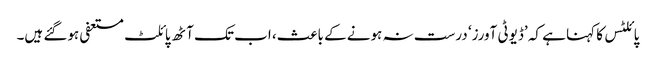
پائلٹس کا کہنا ہے کہ ’ڈیوٹی آورز‘ درست نہ ہونے کے باعث، اب تک آٹھ پائلٹ مستعفی ہوگئے ہیں۔